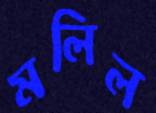
মলিল